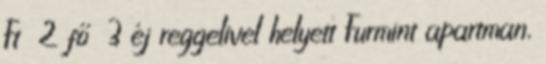
Ft 2 fő 3 éj reggelivel helyett Furmint apartman,